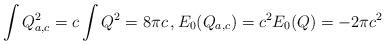
LaTeX: \begin{align*}\int Q_{a, c}^2 = c\int Q^2 = 8\pi c \,, E_0(Q_{a, c}) = c^2 E_0(Q) = -2\pi c^2\end{align*}